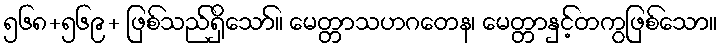
၅၆၈+၅၆၉+ ဖြစ်သည်ရှိသော်။ မေတ္တာသဟဂတေန၊ မေတ္တာနှင့်တကွဖြစ်သော။